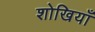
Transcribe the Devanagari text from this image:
शोखियाँ